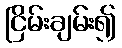
ငြိမ်းချမ်း၍